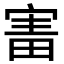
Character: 𡩐